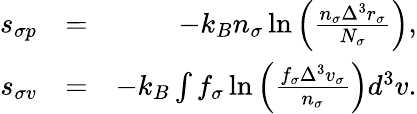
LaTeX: \begin{array}{rlr}{s_{\sigma p}}&{=}&{-k_{B}n_{\sigma}\ln\left(\frac{n_{\sigma}\Delta^{3}r_{\sigma}}{N_{\sigma}}\right),}\\ {s_{\sigma v}}&{=}&{-k_{B}\int f_{\sigma}\ln\left(\frac{f_{\sigma}\Delta^{3}v_{\sigma}}{n_{\sigma}}\right)d^{3}v.}\end{array}